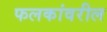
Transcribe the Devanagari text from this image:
फलकांवरील